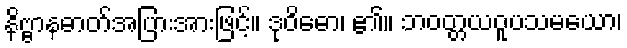
နိဗ္ဗာနဓာတ်အပြားအားဖြင့်။ ဒုဝိဓော၊ ၏။ ဘဝတ္တယဝူပသမယော၊